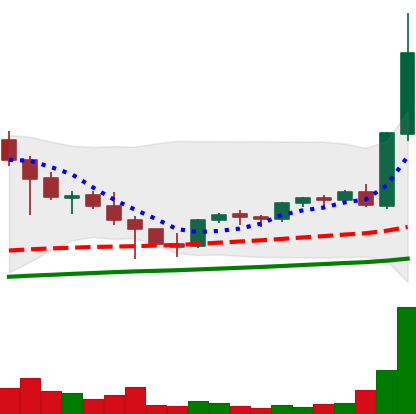
Ticker: EOS-USD
Chart end date: 2021-05-06
Forward return: 25.658%
Label: up_7plus